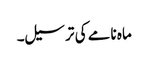
ماہ نامے کی ترسیل۔